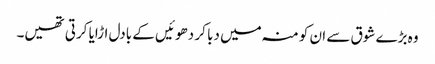
وہ بڑے شوق سے ان کو منہ میں دبا کر دھوئیں کے بادل اڑایا کرتی تھیں۔